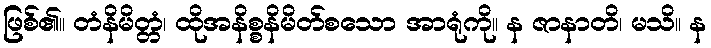
ဖြစ်၏။ တံနိမိတ္တံ၊ ထိုအနိစ္စနိမိတ်စသော အာရုံကို။ န ဇာနာတိ၊ မသိ။ န